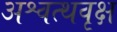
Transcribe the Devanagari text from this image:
अश्वत्थवृक्ष